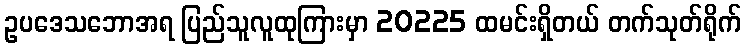
ဥပဒေသဘောအရ ပြည်သူလူထုကြားမှာ 20225 ထမင်းရှိတယ် တက်သုတ်ရိုက်